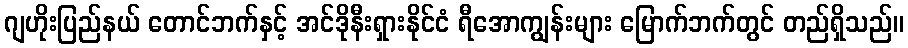
ဂျဟိုးပြည်နယ် တောင်ဘက်နှင့် အင်ဒိုနီးရှားနိုင်ငံ ရီအောကျွန်းများ မြောက်ဘက်တွင် တည်ရှိသည်။